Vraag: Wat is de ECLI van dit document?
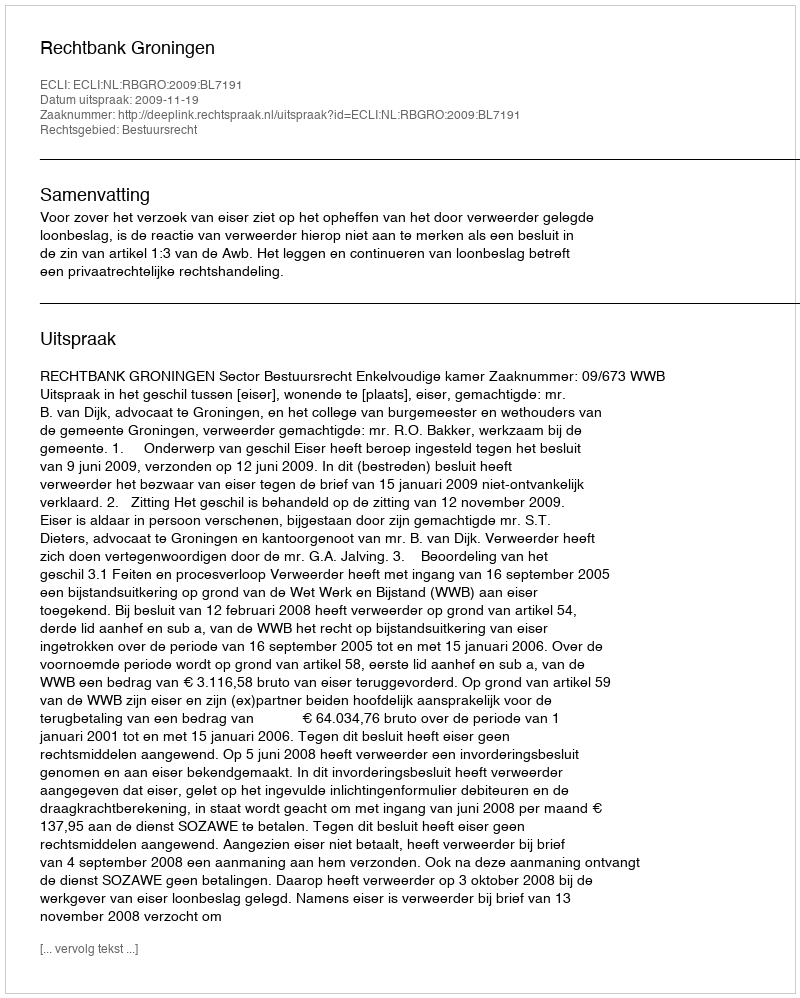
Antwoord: ECLI:NL:RBGRO:2009:BL7191